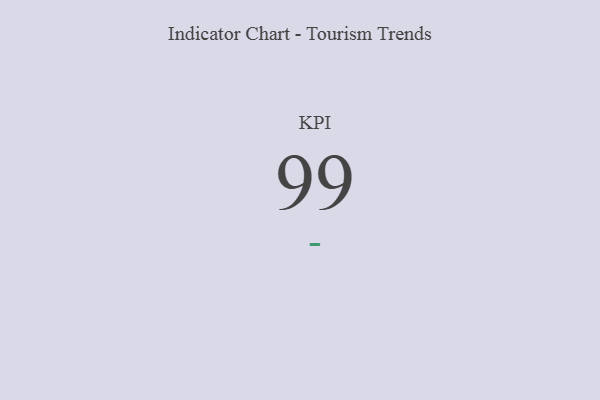
{"axis": {"x": "KPI", "y": "Value"}, "legend": [""], "data": [{"x": "KPI", "y": 99, "type": ""}]}